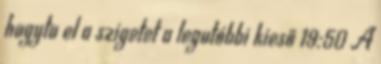
hagyta el a szigetet a legutóbbi kieső 19:50 A